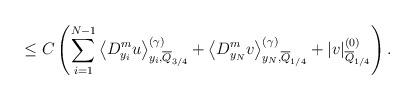
LaTeX: \begin{align*} \leq C\left({\displaystyle\sum\limits_{i=1}^{N-1}}\left\langle D_{y_{i}}^{m}u\right\rangle _{y_{i},\overline{Q}_{3/4}}^{(\gamma)}+\left\langle D_{y_{N}}^{m}v\right\rangle _{y_{N},\overline{Q}_{1/4}}^{(\gamma)}+|v|_{\overline{Q}_{1/4}}^{(0)}\right) . \end{align*}